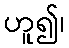
ဟူ၍၊